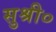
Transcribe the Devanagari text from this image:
सुश्री०